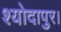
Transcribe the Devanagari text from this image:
श्योदापुर।